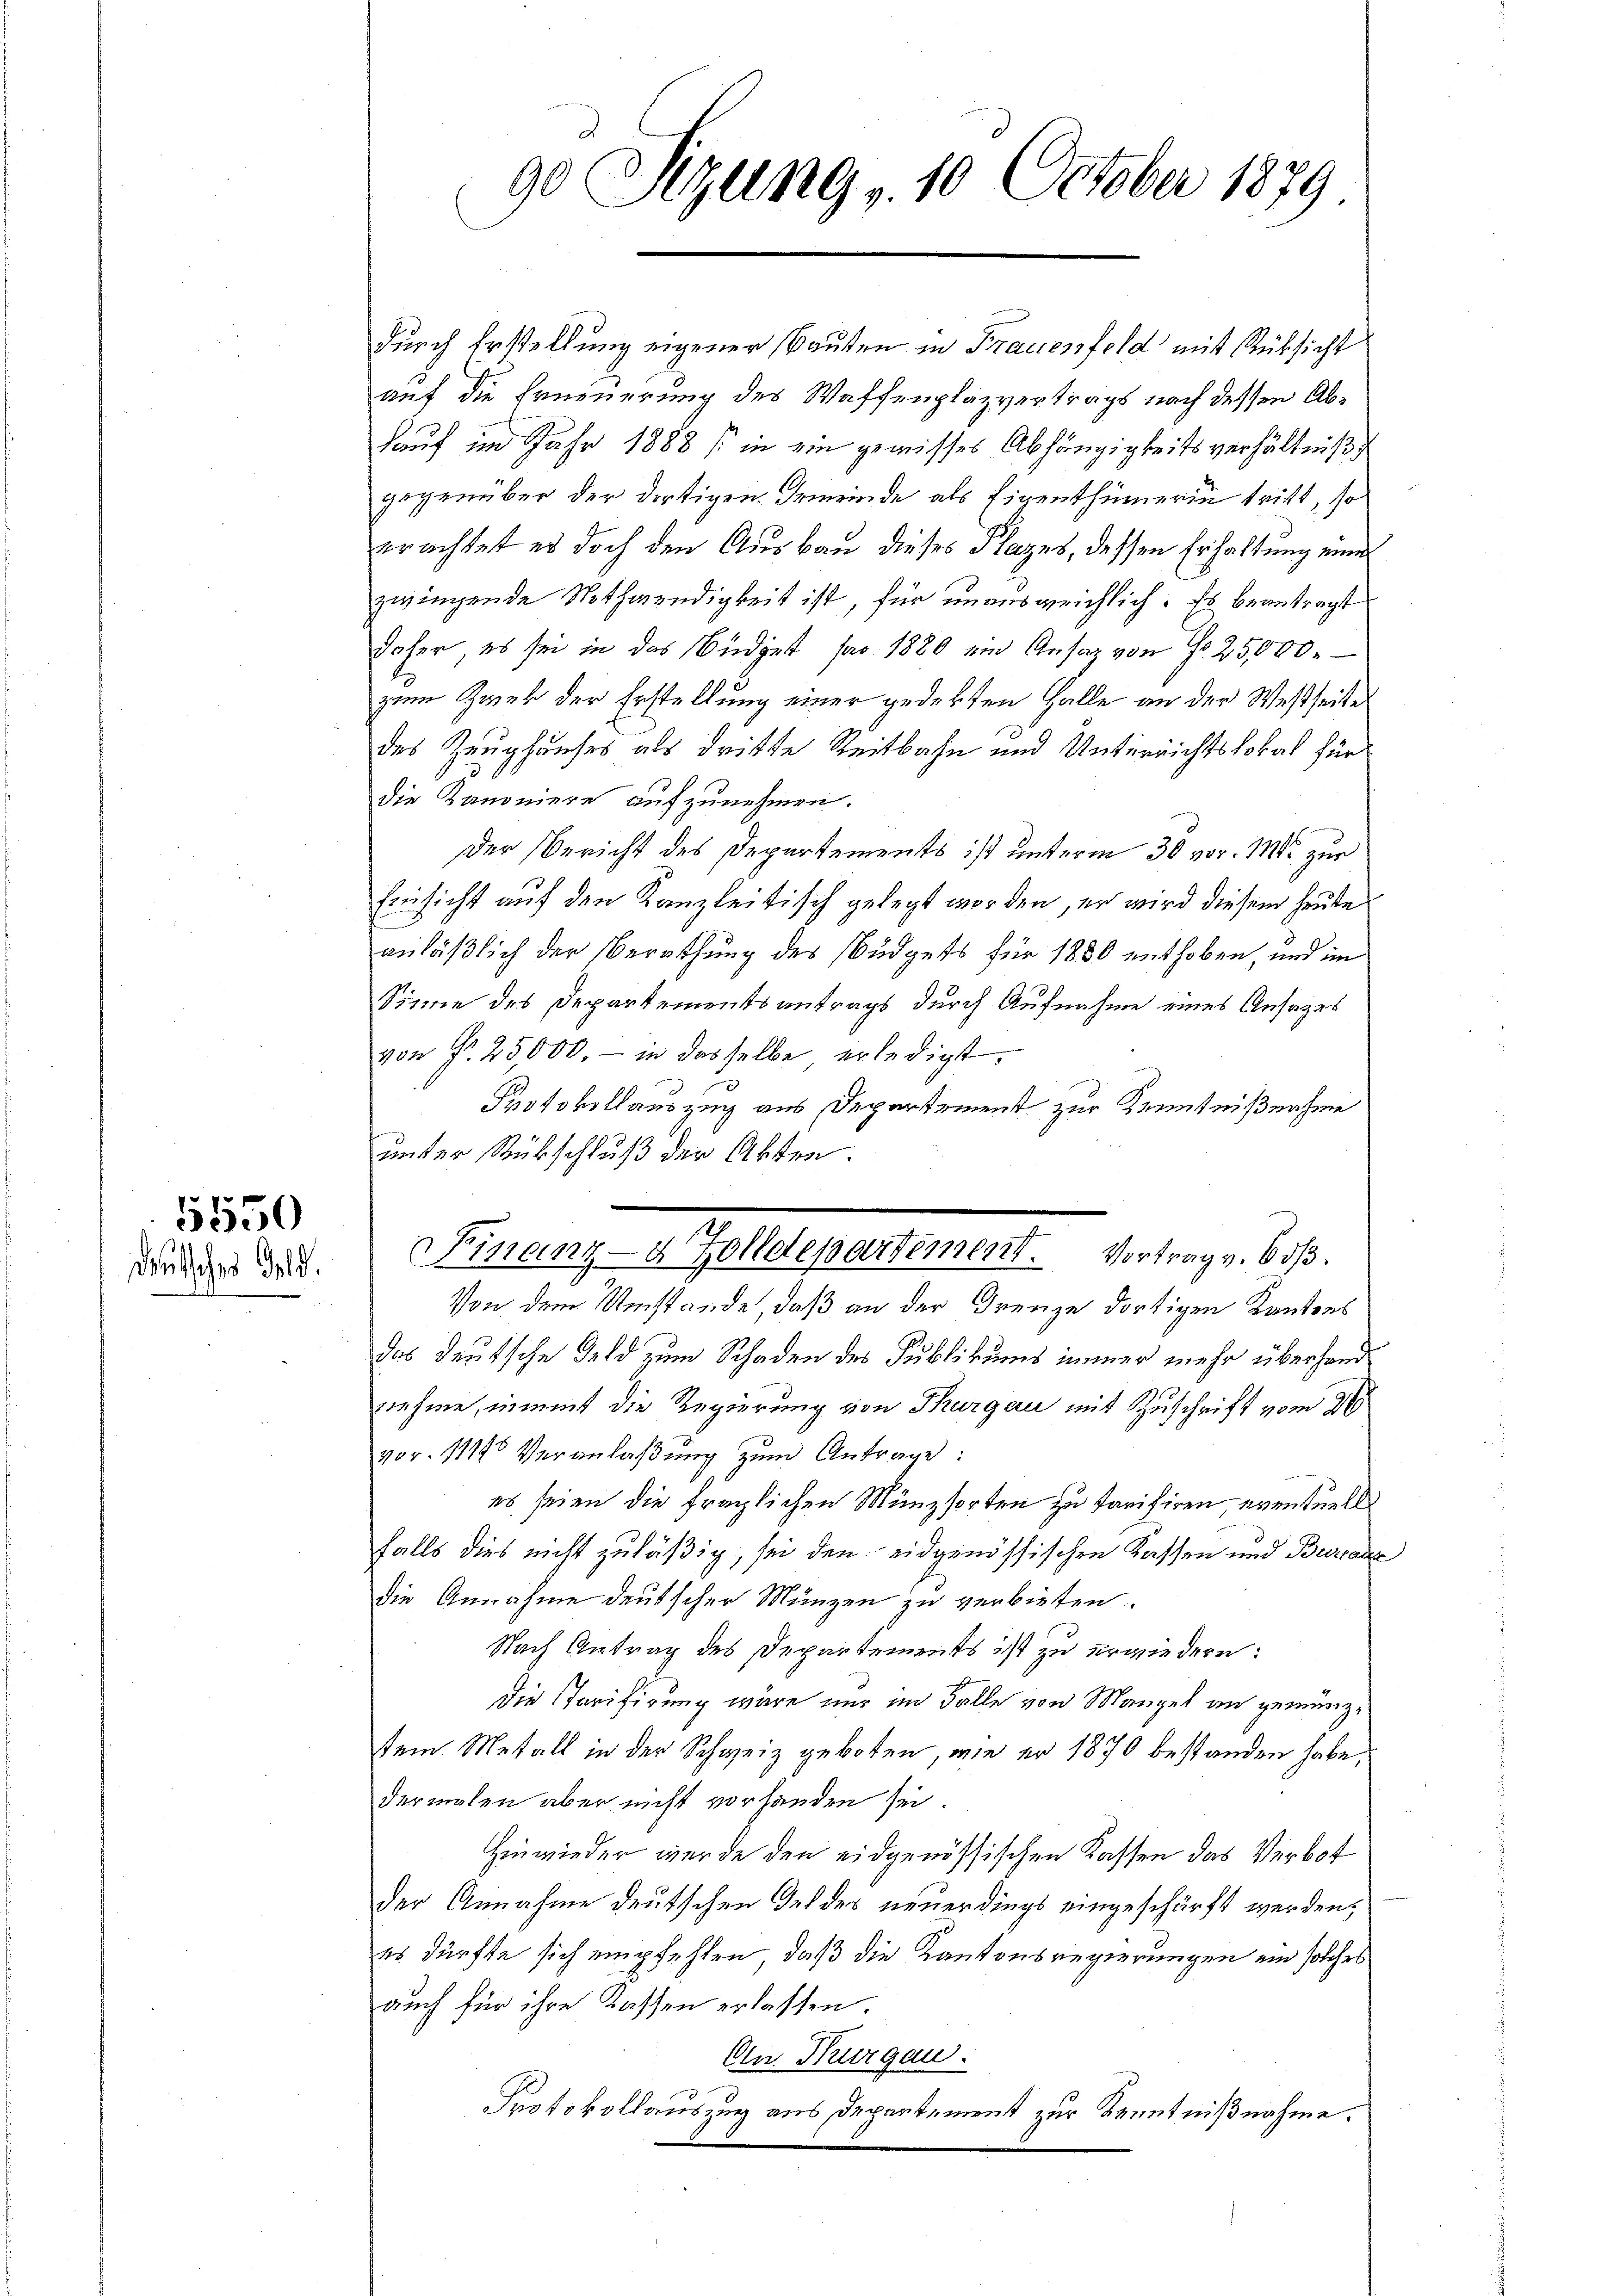
t

5550
deutsches Geld.

durch Erstellung eigener Bauten in Frauenfeld mit Rücksicht
auf die Erneuerung des Waffenplazvertrags nach dessen Ab¬
Hauf im Jahr 1888 in ein gewisses Abhängigkeitsverhältniß
gegenüber der dortigen Gemeinde als Eigenthümerin tritt, so
erachtet es doch den Ausbau dieses Plazes, dessen Erhaltung eines
zwingende Nothwendigkeit ist, für unausreichlich. Es beantragt
daher es sei in das Büdget par 1880 ein Ansaz von Fr. 25,000.
zum Zwek der Erstellung einer gedekten Halle an der Westseite
des Zeughauses als dritte Reitbahn und Unterrichtslokat für
die Kanoniere aufzunehmen.
Der Bericht des Departements ist unterm 30 vor. 1882 zur
Einsicht auf den Kanzleitisch gelegt worden, er wird diesem heute
anläßlich der Berathung des Büdgets für 1880 enthoben, und im
Sinne des Departementsantrags durch Aufnahme eines Ansazes
von Fr. 25,000.- in desselbe erledigt.
Protokollauszug aus Departement zur Kenntnißnahme
unter Rückschluß der Akten.
Von dem Umstände, daß an der Grenze dortigen Kantons
das deutsche Geld zum Schaden des Publikums immer mehr überhandnehme, nimmt die Regierung von Thurgau mit Zuschrift vom 21
vor. 11145 Veranlaßung zum Antrage:
es seien die fraglichen Münzsorten zu Parisiren eventuelle
falls dies nicht zuläßig, sei den eidgenössischen Kassen und Burcade
die Annahme deutscher Münzen zu verbieten.
Nach Antrag des Departements ist zu erwiedern:
Die Tarifirung wäre nur im Falle von Mangel an gemünze
sem Metall in der Schweiz geboten, wie er 1870 bestanden habe,
dermalen aber nicht vorhanden sei
hinwieder wurde den eidgenössischen Kassen das Verbot
der Annahme deutschen des des neuerdings eingeschärft werden,
es dürfte sich empfehlen, daß die Kantonsregierungen ein solches
auch für ihre Kassen erlassen.
An Thurgau.
Protokollauszug aus Departement zur Kenntnißnahme.

90 Sizung 10 October 1879

Finanz-4 Zolldepartement. Vortrag v. 6.

.